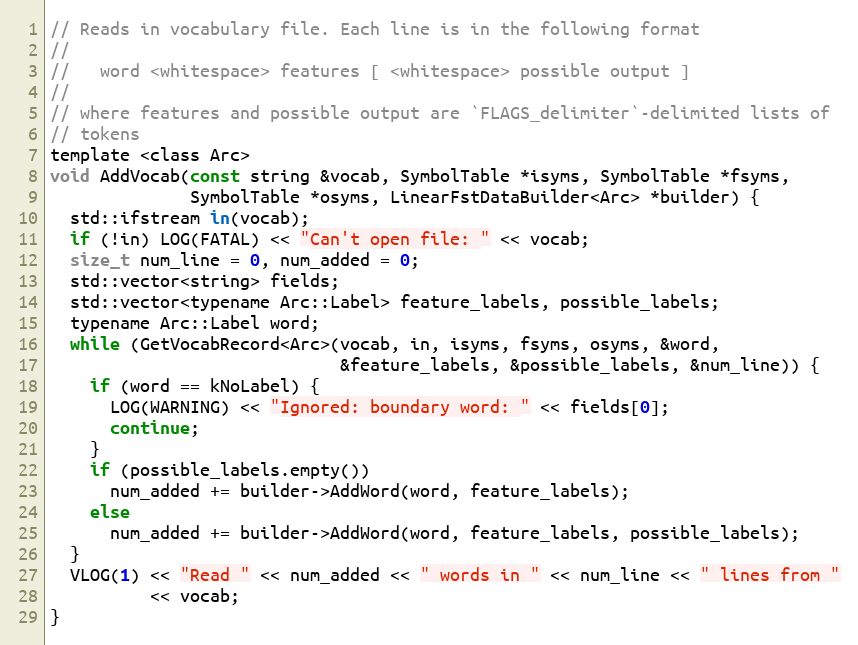
Language: C
// Reads in vocabulary file. Each line is in the following format
//
//   word <whitespace> features [ <whitespace> possible output ]
//
// where features and possible output are `FLAGS_delimiter`-delimited lists of
// tokens
template <class Arc>
void AddVocab(const string &vocab, SymbolTable *isyms, SymbolTable *fsyms,
              SymbolTable *osyms, LinearFstDataBuilder<Arc> *builder) {
  std::ifstream in(vocab);
  if (!in) LOG(FATAL) << "Can't open file: " << vocab;
  size_t num_line = 0, num_added = 0;
  std::vector<string> fields;
  std::vector<typename Arc::Label> feature_labels, possible_labels;
  typename Arc::Label word;
  while (GetVocabRecord<Arc>(vocab, in, isyms, fsyms, osyms, &word,
                             &feature_labels, &possible_labels, &num_line)) {
    if (word == kNoLabel) {
      LOG(WARNING) << "Ignored: boundary word: " << fields[0];
      continue;
    }
    if (possible_labels.empty())
      num_added += builder->AddWord(word, feature_labels);
    else
      num_added += builder->AddWord(word, feature_labels, possible_labels);
  }
  VLOG(1) << "Read " << num_added << " words in " << num_line << " lines from "
          << vocab;
}